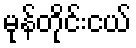
မုန်တိုင်းငယ်